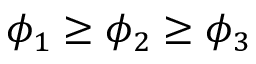
\phi _ { 1 } \geq \phi _ { 2 } \geq \phi _ { 3 }